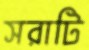
সরাটি